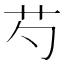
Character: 芍